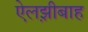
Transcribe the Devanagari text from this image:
ऐलझ़ीबाह